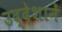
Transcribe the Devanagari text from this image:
उद्देशानें